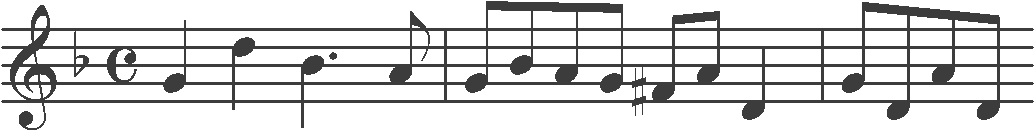
Transcription: clef-G2 keySignature-FM timeSignature-C note-G4_quarter note-D5_quarter note-Bb4_quarter. note-A4_eighth barline note-G4_eighth note-Bb4_eighth note-A4_eighth note-G4_eighth note-F#4_eighth note-A4_eighth note-D4_quarter barline note-G4_eighth note-D4_eighth note-A4_eighth note-D4_eighth